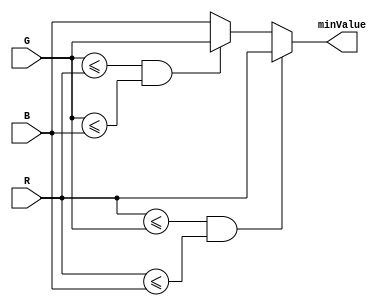
module minValue(minValue, R, G, B);
	input	[7:0] R, G, B;

	output reg [7:0] minValue;

	always @ (*) begin
		if (R <= G && R <= B) begin
			minValue = R;
		end else if (G <= R && G <= B) begin
			minValue = G;
		end else begin
			minValue = B;
		end
	end
endmodule